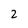
Character: 2